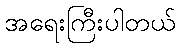
အရေးကြီးပါတယ်